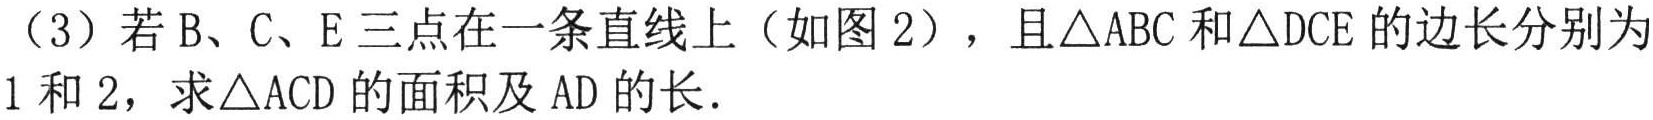
（3）若 B、C、E 三点在一条直线上（如图 2），且\(\triangle ABC\)和\(\triangle DCE\)的边长分别为1和2，求\(\triangle ACD\)的面积及 AD 的长．